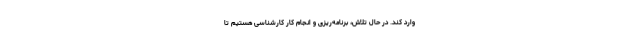
وارد کند. در حال تلاش، برنامه‌ریزی و انجام کار کارشناسی هستیم تا